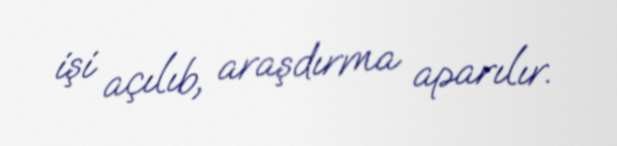
işi açılıb, araşdırma aparılır.